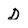
Character: D